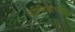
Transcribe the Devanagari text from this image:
मीडियाप्लेयर